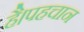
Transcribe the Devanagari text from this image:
है।पहचान